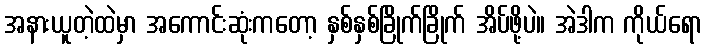
အနားယူတဲ့ထဲမှာ အကောင်းဆုံးကတော့ နှစ်နှစ်ခြိုက်ခြိုက် အိပ်ဖို့ပဲ။ အဲဒါက ကိုယ်ရော